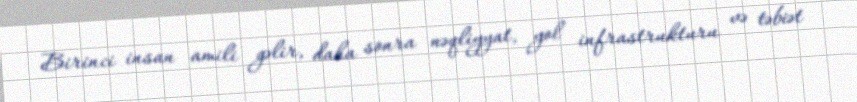
Birinci insan amili gəlir, daha sonra nəqliyyat, yol infrastrukturu və təbiət